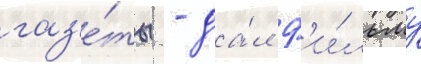
газ'е́ты - да́л ф'и́льму